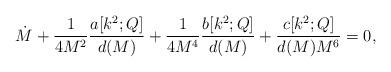
LaTeX: \begin{align*}\dot{M} + \frac{1}{4M^2} \frac{a[k^2; Q]}{d(M)} + \frac{1}{4M^4} \frac{b[k^2; Q]}{d(M)}+ \frac{c[k^2; Q]}{d(M) M^6}= 0,\end{align*}